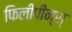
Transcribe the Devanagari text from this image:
फिलीपीन्स्